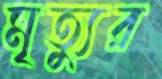
মৃত্যুর